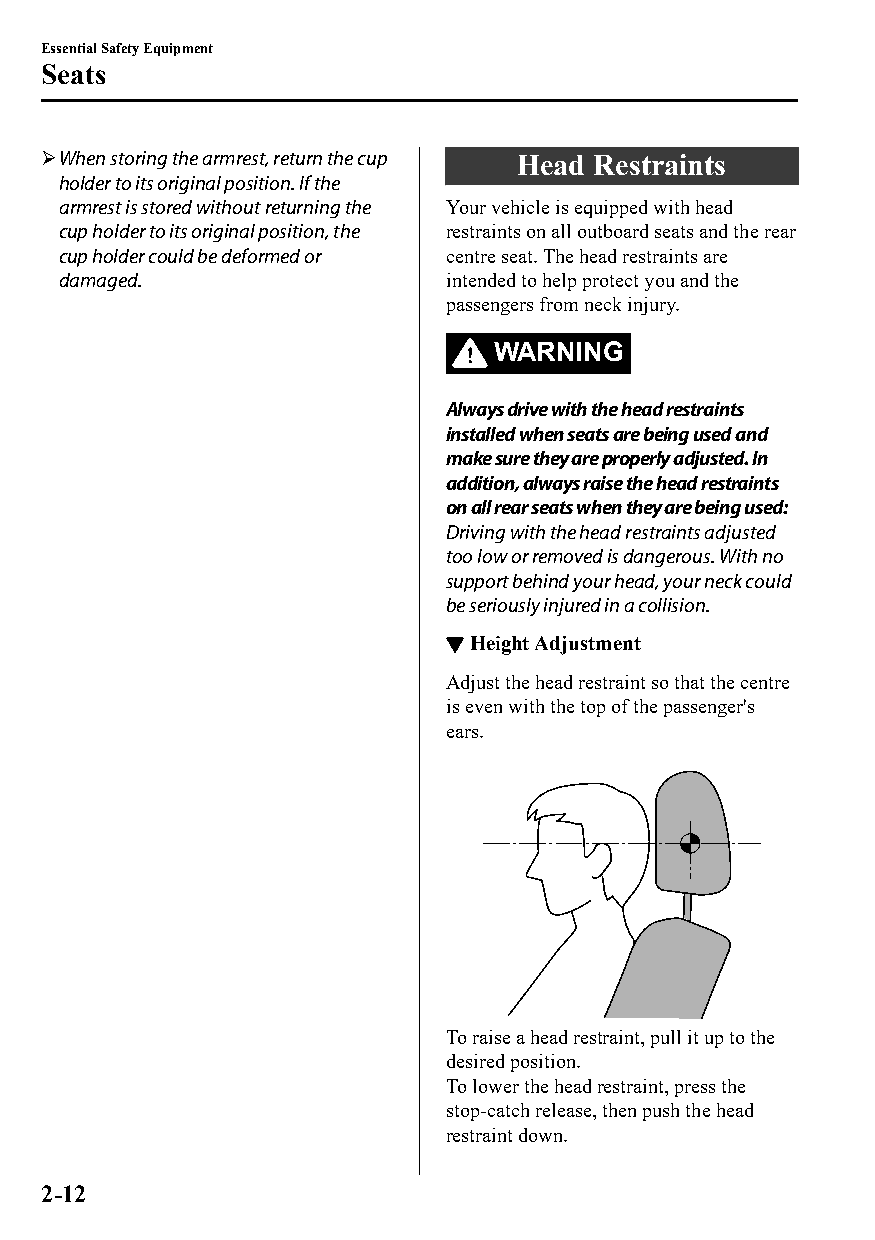
Essential Safety Equipment
 Seats
 When storing the armrest, return the cup Head Restraints
 holder to its original position. If the
 armrest is stored without returning the Your vehicle is equipped with head
 cup holder to its original position, the restraints on all outboard seats and the rear
 cup holder could be deformed or centre seat. The head restraints are
 damaged.                 intended to help protect you and the
 passengers from neck injury.
 WARNING
 Always drive with the head restraints
 installed when seats are being used and
 make sure they are properly adjusted. In
 addition, always raise the head restraints
 on all rear seats when they are being used:
 Driving with the head restraints adjusted
 too low or removed is dangerous. With no
 support behind your head, your neck could
 be seriously injured in a collision.
 ▼Height Adjustment
 Adjust the head restraint so that the centre
 is even with the top of the passenger's
 ears.
 To raise a head restraint, pull it up to the
 desired position.
 To lower the head restraint, press the
 stop-catch release, then push the head
 restraint down.
 2-12
 CX-3_8GT4-EE-18D_Edition4                  2018-9-6 18:32:19